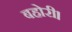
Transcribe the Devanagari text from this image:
बहोरी।